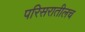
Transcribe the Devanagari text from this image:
परिसरातीलच